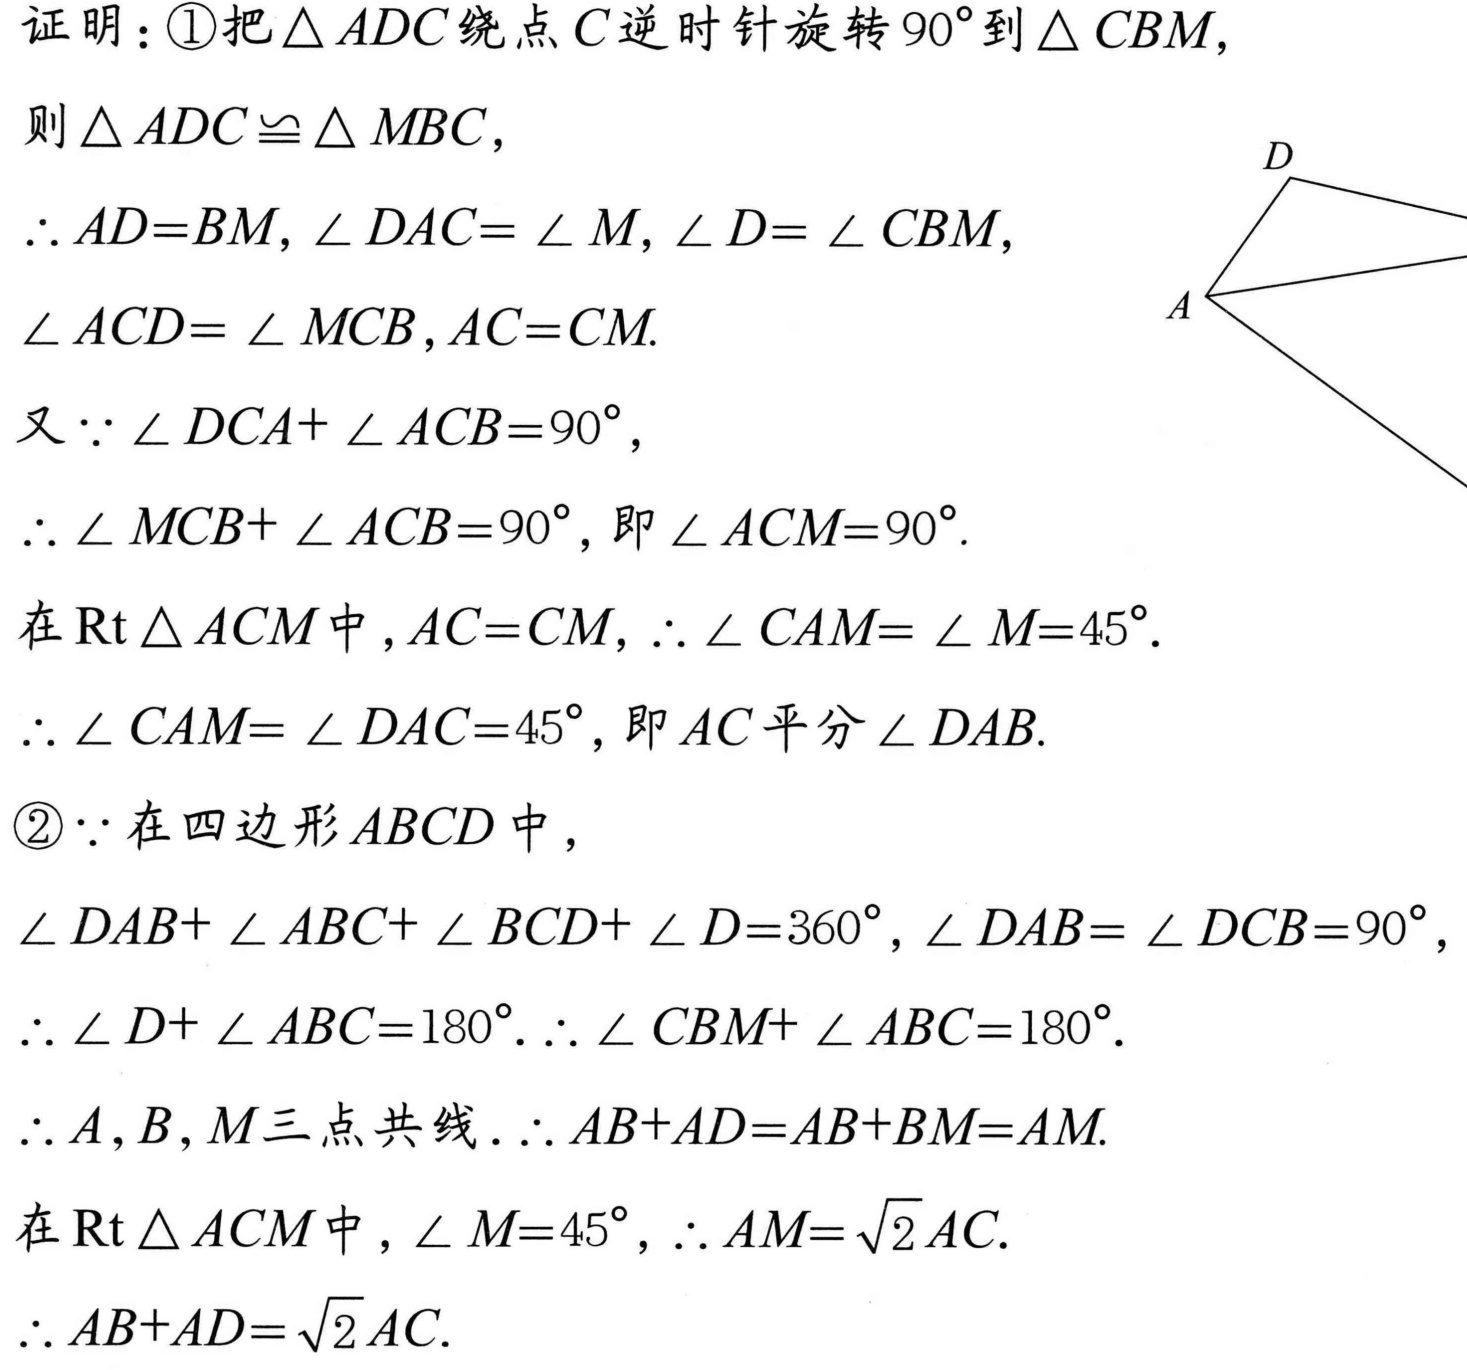
证明：\textcircled{1}把\(\triangle ADC\)绕点\(C\)逆时针旋转\(90^{\circ}\)到\(\triangle CBM\)，
则\(\triangle ADC\cong \triangle MBC\)，
\(\therefore AD = BM\)，\(\angle DAC=\angle M\)，\(\angle D=\angle CBM\)，
\(\angle ACD=\angle MCB\)，\(AC = CM\).
又\(\because\angle DCA+\angle ACB = 90^{\circ}\)，
\(\therefore\angle MCB+\angle ACB = 90^{\circ}\)，即\(\angle ACM = 90^{\circ}\).
在\(\text{Rt}\triangle ACM\)中，\(AC = CM\)，\(\therefore\angle CAM=\angle M = 45^{\circ}\).
\(\therefore\angle CAM=\angle DAC = 45^{\circ}\)，即\(AC\)平分\(\angle DAB\).
\textcircled{2}\(\because\)在四边形\(ABCD\)中，
\(\angle DAB+\angle ABC+\angle BCD+\angle D = 360^{\circ}\)，\(\angle DAB=\angle DCB = 90^{\circ}\)，
\(\therefore\angle D+\angle ABC = 180^{\circ}\).\(\therefore\angle CBM+\angle ABC = 180^{\circ}\).
\(\therefore A\)，\(B\)，\(M\)三点共线.\(\therefore AB + AD=AB + BM = AM\).
在\(\text{Rt}\triangle ACM\)中，\(\angle M = 45^{\circ}\)，\(\therefore AM=\sqrt{2}AC\).
\(\therefore AB + AD=\sqrt{2}AC\).